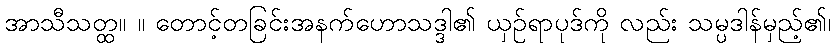
အာသီသတ္ထ။ ။ တောင့်တခြင်းအနက်ဟောသဒ္ဒါ၏ ယှဉ်ရာပုဒ်ကို လည်း သမ္ပဒါန်မှည့်၏၊